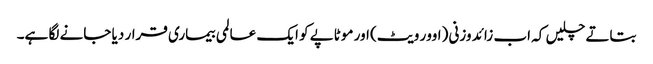
بتاتے چلیں کہ اب زائد وزنی (اوور ویٹ) اور موٹاپے کو ایک عالمی بیماری قرار دیا جانے لگا ہے۔